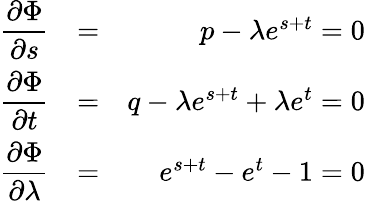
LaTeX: \begin{array}{rlr}{\displaystyle\frac{\partial\Phi}{\partial s}}&{=}&{p-\lambda e^{s+t}=0}\\ {\displaystyle\frac{\partial\Phi}{\partial t}}&{=}&{q-\lambda e^{s+t}+\lambda e^{t}=0}\\ {\displaystyle\frac{\partial\Phi}{\partial\lambda}}&{=}&{e^{s+t}-e^{t}-1=0}\end{array}